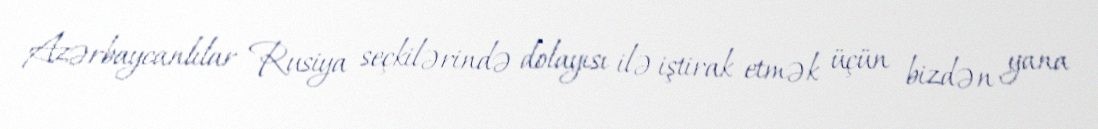
Azərbaycanlılar Rusiya seçkilərində dolayısı ilə iştirak etmək üçün bizdən yana